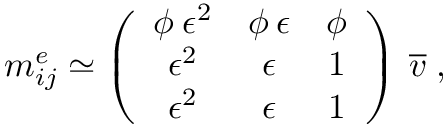
m _ { i j } ^ { e } \simeq \left( \begin{array} { c c c } { { \phi \: \epsilon ^ { 2 } } } & { { \phi \: \epsilon } } & { { \phi } } \\ { { \epsilon ^ { 2 } } } & { { \epsilon } } & { { 1 } } \\ { { \epsilon ^ { 2 } } } & { { \epsilon } } & { { 1 } } \end{array} \right) \: \overline { { { v } } } \; ,